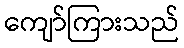
ကျော်ကြားသည်